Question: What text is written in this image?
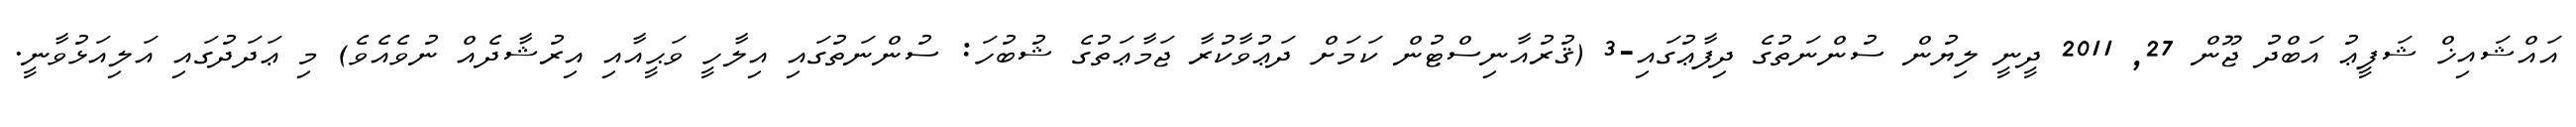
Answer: އައްޝައިޚް ޝަފީޢު އަބްދު ޖޫން 27, 2011 ދީނީ ލިޔުން ސުންނަތުގެ ދިފާޢުގައި-3 (ޤުރުއާނިސްޓުން ކަމަށް ދަޢުވާކުރާ ޖަމާޢަތުގެ ޝުބުހަ: ސުންނަތުގައި އިލާހީ ވަޙީއާއި އިރުޝާދެއް ނުވެއެވެ) މި ޢަދަދުގައި އަލިއަޅުވާނީ.